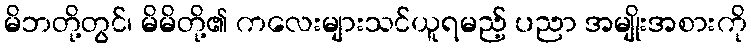
မိဘတို့တွင်၊ မိမိတို့၏ ကလေးများသင်ယူရမည့် ပညာ အမျိုးအစားကို